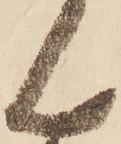
ん